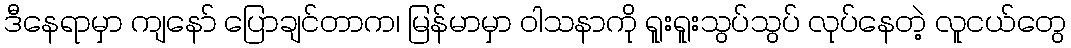
ဒီနေရာမှာ ကျနော် ပြောချင်တာက၊ မြန်မာမှာ ဝါသနာကို ရူးရူးသွပ်သွပ် လုပ်နေတဲ့ လူငယ်တွေ